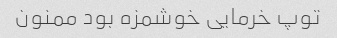
توپ خرمایی خوشمزه بود ممنون